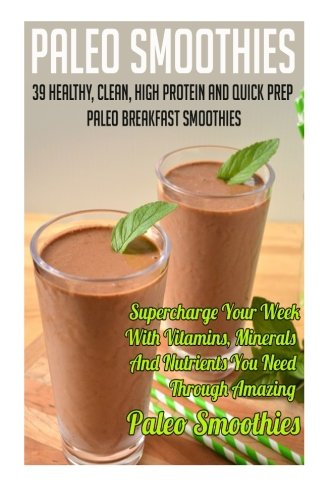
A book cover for Paleo Smoothies: 39 Healthy, Clean, High Protein And Quick Prep Paleo Breakfast Smoothies-Supercharge Your Week With Vitamins, Minerals And Nutrients ... Smoothies For Sugar Cravings) (Volume 5); Andrea Watkins; Cookbooks, Food & Wine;